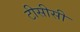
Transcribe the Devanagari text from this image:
टीसीसी